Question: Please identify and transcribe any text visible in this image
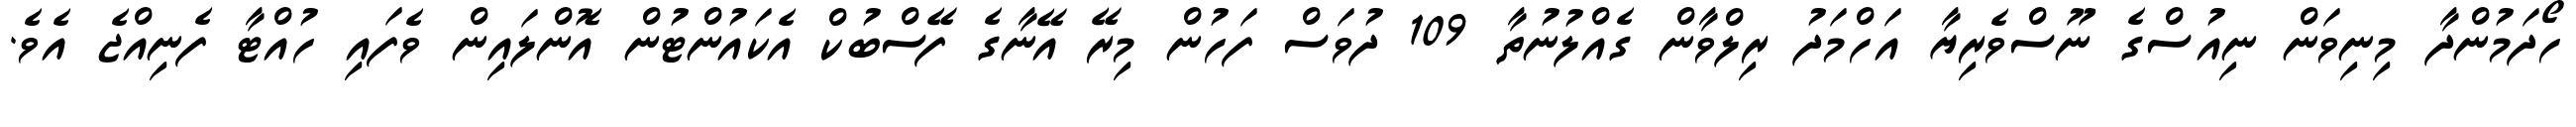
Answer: ހޯދަމުންދާ މިނިވަން ނިއުސްގެ ނޫސްވެރިޔާ އަހްމަދު ރިލްވާން ގެއްލުނުތާ 109 ދުވަސް ފަހުން މިރޭ އޭނާގެ ފޭސްބުކް އެކައުންޓުން އޮންލައިން ވެފައި ހުއްޓާ ފެނިއްޖެ އެވެ.